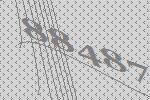
88487